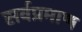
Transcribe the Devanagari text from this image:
सर्वप्रमाण